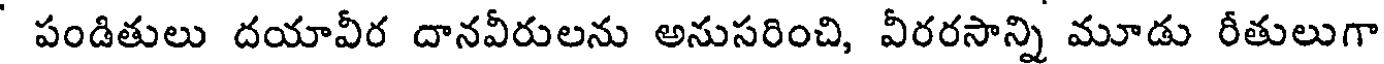
పండితులు దయావీర దానవీరులను అనుసరించి, వీరరసాన్ని మూడు రీతులుగా